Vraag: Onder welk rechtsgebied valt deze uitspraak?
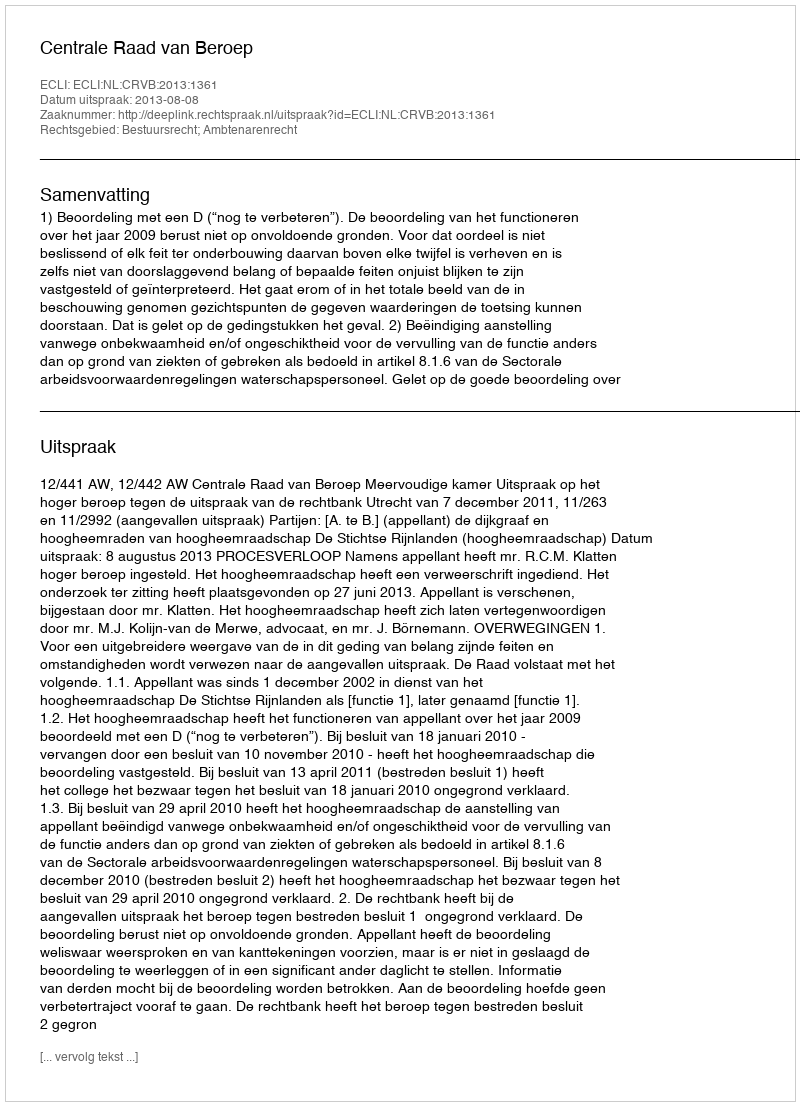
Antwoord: Bestuursrecht; Ambtenarenrecht